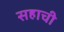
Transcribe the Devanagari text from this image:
सहाची